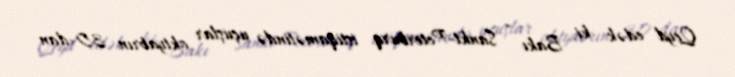
Qeyd edək ki, Bakı - Sankt-Peterburq istiqamətində uçuşlar oktyabrın 30-dan